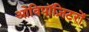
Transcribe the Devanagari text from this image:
ओविपॉज़िटरों